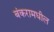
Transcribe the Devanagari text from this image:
बंकरामधील